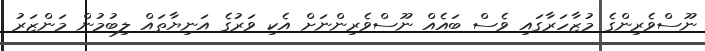
ނޫސްވެރިންގެ މުޒާހަރާގައި ވެސް ބައެއް ނޫސްވެރިންނަށް އެކި ވަރުގެ އަނިޔާތައް ލިބުމުން މަންޒަރު